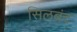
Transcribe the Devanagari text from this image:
सिलबंद